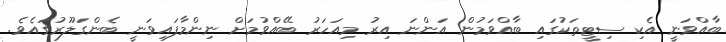
ބާއްވަނީ އެކި ސިޓީތަކުގައި ބާއްވަމުން އަންނަ އިރު މިއަހަރު ބޭއްވުމަށް ނިންމާފައިވަނީ ބެންގަލޫރުގައެވެ.